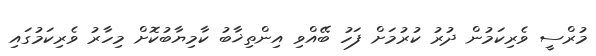
މުރްސީ ވެރިކަމުން ދުރު ކުރުމަށް ފަހު ބޭއްވި އިންތިޚާބު ކާމިޔާބުކޮށް މިހާރު ވެރިކަމުގައި